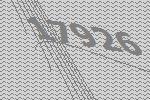
17926